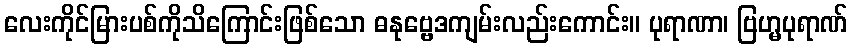
လေးကိုင်မြားပစ်ကိုသိကြောင်းဖြစ်သော ဓနုဗ္ဗေဒကျမ်းလည်းကောင်း။ ပုရာဏာ၊ ဗြဟ္မပုရာဏ်